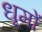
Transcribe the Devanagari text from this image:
धूमों